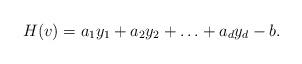
LaTeX: \begin{align*}H(v)=a_1y_1+a_2y_2+\ldots+a_dy_d-b.\end{align*}